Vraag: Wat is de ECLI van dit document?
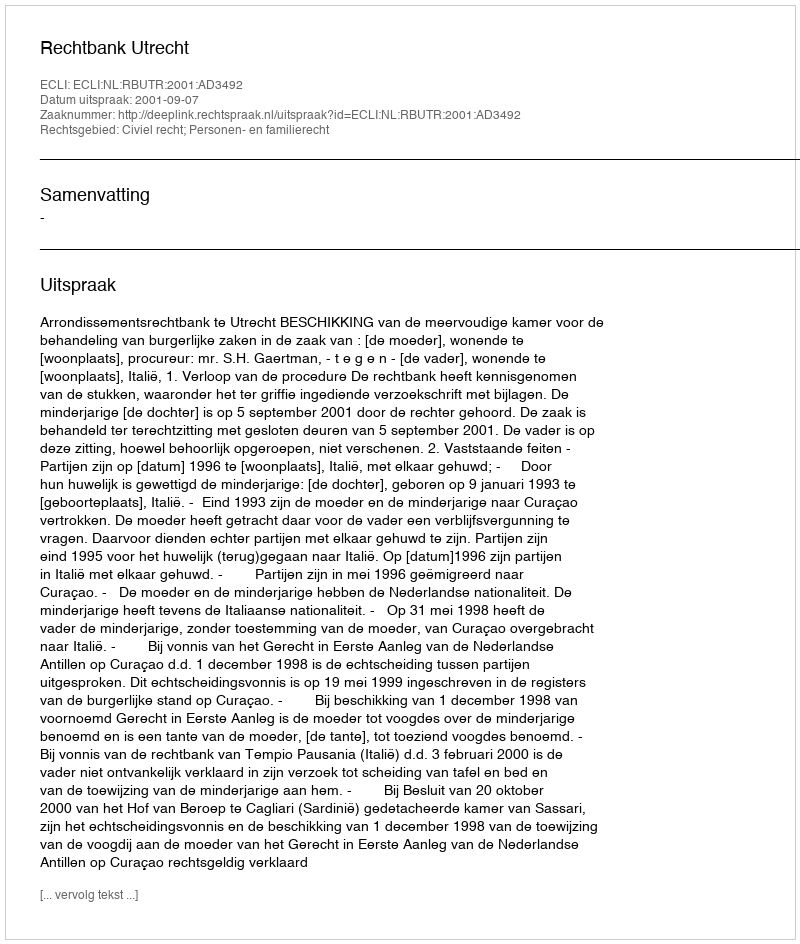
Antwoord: ECLI:NL:RBUTR:2001:AD3492